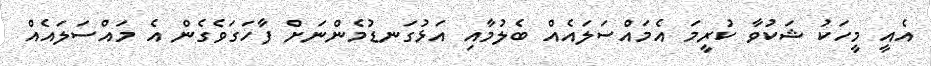
އެއީ މީހަކު ޝަކުވާ ކުރީމަ އެމައްސަލައެއް ބެލުމާއި އަޅުގަނޑުމެންނަށް ފާހަގަވެގެން އެ މައްސަލައެއް